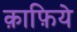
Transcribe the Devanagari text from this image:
क़ाफ़िये